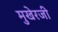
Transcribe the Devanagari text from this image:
मुखेरजी